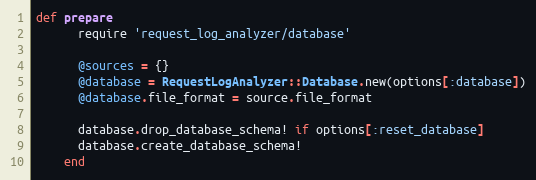
Language: Ruby
def prepare
      require 'request_log_analyzer/database'

      @sources = {}
      @database = RequestLogAnalyzer::Database.new(options[:database])
      @database.file_format = source.file_format

      database.drop_database_schema! if options[:reset_database]
      database.create_database_schema!
    end